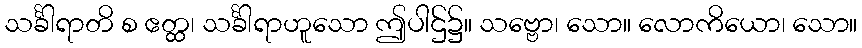
သင်္ခါရာတိ စ ဧတ္ထ၊ သင်္ခါရာဟူသော ဤပါဌ်၌။ သဗ္ဗော၊ သော။ လောကိယော၊ သော။